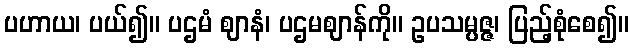
ပဟာယ၊ ပယ်၍။ ပဌမံ ဈာနံ၊ ပဌမဈာန်ကို။ ဥပသမ္ပဇ္ဇ၊ ပြည့်စုံစေ၍။